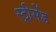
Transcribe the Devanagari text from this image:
स्ट्रीसेंड